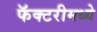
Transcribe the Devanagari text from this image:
फॅक्टरीमध्ये